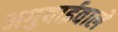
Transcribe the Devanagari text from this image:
अगुवाईवाले